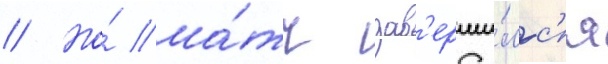
// Но́ ма́тч зав'ерши́лс'я